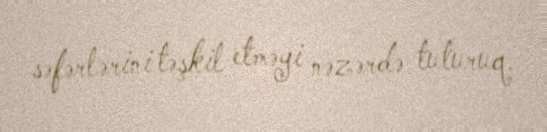
səfərlərini təşkil etməyi nəzərdə tuturuq.